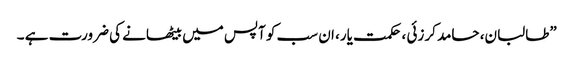
”طالبان، حامد کرزئی ، حکمت یار، ان سب کو آپس میں بیٹھانے کی ضرورت ہے ۔